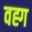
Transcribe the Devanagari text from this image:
वह्ग